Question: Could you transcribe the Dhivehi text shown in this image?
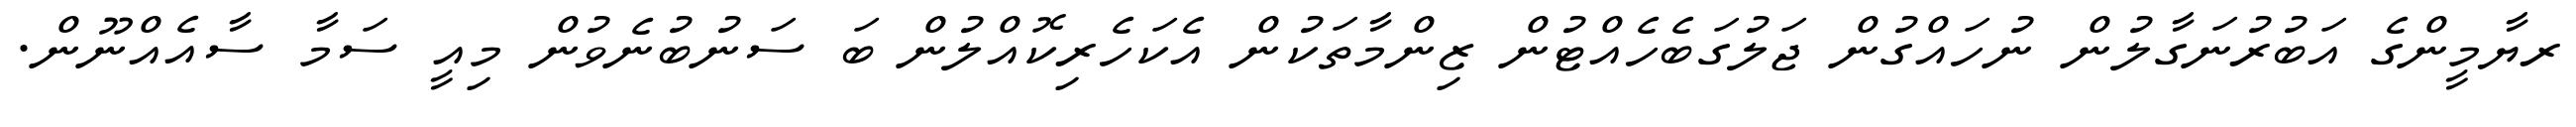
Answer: ރޔާމީންގެ އަބުރުނަގާލުން ނުހައްގުން ޖަލުގަބެހެއްޓުން ޒިންމާތަކުން އެކަހެރިކޮއްލުން ބަ ސަނުބުނެވުން މިއީ ސަމާ ސާއެއްނޫން.